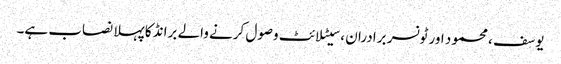
یوسف ، محمود اور ٹونسر برادران ، سیٹلائٹ وصول کرنے والے برانڈ کا پہلا نصاب ہے۔